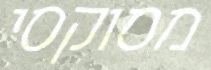
מסוקסי